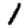
Digit: 1